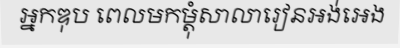
អ្នកឌុប ពេលមកម្តុំសាលារៀនអង់អេង